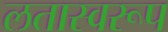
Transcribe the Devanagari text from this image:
लतास्वरूप